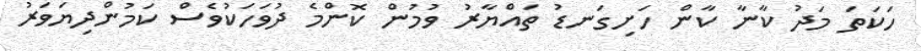
ހަކަތަ މަދު ކާނާ ކާން ހަށިގަނޑު ތައްޔާރު ވުމުން ކޮންމެ ދުވަހަކުވެސް ކަމުންދިޔަވަރު